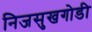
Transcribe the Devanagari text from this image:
निजसुखगोडी